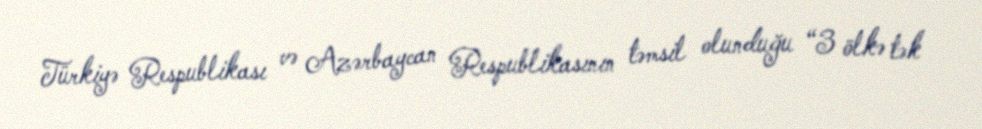
Türkiyə Respublikası və Azərbaycan Respublikasının təmsil olunduğu “3 ölkə tək